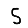
Digit: 5